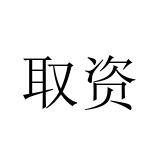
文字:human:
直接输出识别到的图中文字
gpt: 取资